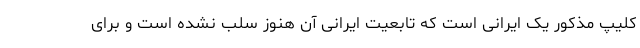
کلیپ مذکور یک ایرانی است که تابعیت ایرانی آن هنوز سلب نشده است و برای